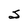
Character: S